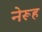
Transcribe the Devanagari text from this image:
नेरूह